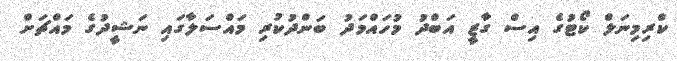
ކްރިމިނަލް ކޯޓުގެ އިސް ގާޒީ އަބްދު މުހައްމަދު ބަންދުކުރި މައްސަލާގައި ނަޝީދުގެ މައްޗަށް